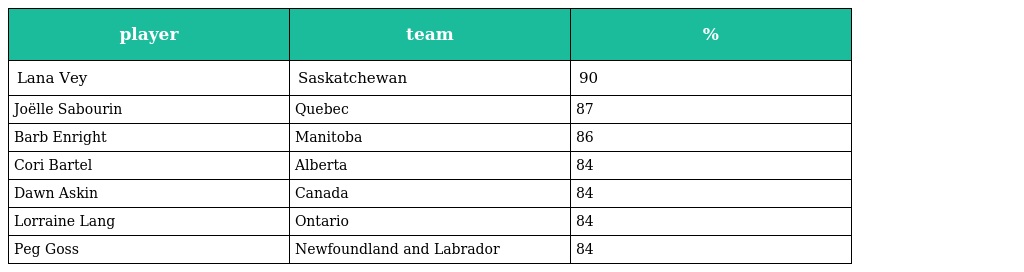
| player | team | % |
 | --- | --- | --- |
 | Lana Vey | Saskatchewan | 90 |
 | Joëlle Sabourin | Quebec | 87 |
 | Barb Enright | Manitoba | 86 |
 | Cori Bartel | Alberta | 84 |
 | Dawn Askin | Canada | 84 |
 | Lorraine Lang | Ontario | 84 |
 | Peg Goss | Newfoundland and Labrador | 84 |